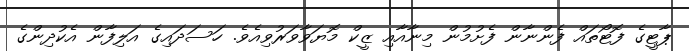
ޕާޓީގެ ފޮޓޯތައް ފެންނާން ފެށުމުން މިނާއާއި ޒީކް މޮޔަވާވަރުވިއެވެ. ހަސަދައިގެ އަލިފާން އެކުދިންގެ